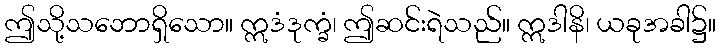
ဤသို့သဘောရှိသော။ ဣဒံဒုက္ခံ၊ ဤဆင်းရဲသည်။ ဣဒါနိ၊ ယခုအခါ၌။